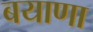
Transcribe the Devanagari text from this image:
बयाणा